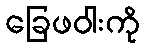
ခြေဖဝါးကို